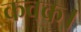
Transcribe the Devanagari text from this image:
कवक।